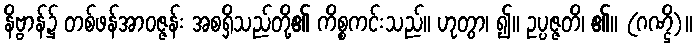
နိဗ္ဗာန်၌ တစ်ဖန်အာဝဇ္ဇန်း အစရှိသည်တို့၏ ကိစ္စကင်းသည်။ ဟုတွာ၊ ၍။ ဥပ္ပဇ္ဇတိ၊ ၏။ (ဂဏ္ဌိ)။